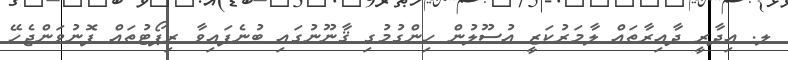
ލ. އިދާރީ ދާއިރާތައް ލާމަރުކަޒީ އުސޫލުން ހިންގުމުގި ޤާނޫނުގައި ބުނެފައިވާ ރިޕޯޓުތައް ފޮނުވަންޖެހޭ